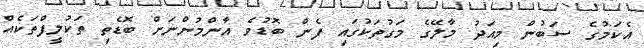
އެކަމުގެ ސަބުން މިއަދު މާލޭގެ މަގުތަކުގައި ފެން ބޮޑުވެ އާންމުންނަށް ބޮޑެތި ތަކުލީފްތަކެއް